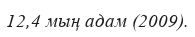
12,4 мың адам (2009).